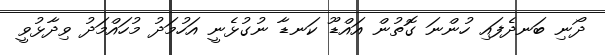
ދޯނި ބަނދެފައި ހުންނަ ގޮތުން އައްޑޫ ކަނޑާ ނުގުޅެނީ އަހުމަދު މުހައްމަދު ވިދާޅުވީ